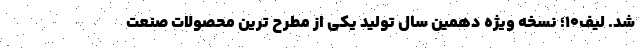
شد. لیف10؛ نسخه ویژه دهمین سال تولید یکی از مطرح ترین محصولات صنعت